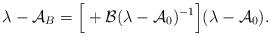
LaTeX: \begin{align*}\lambda-{\mathcal A}_B=\Big[+{\mathcal B}(\lambda-{\mathcal A}_0)^{-1}\Big](\lambda-{\mathcal A}_0).\end{align*}